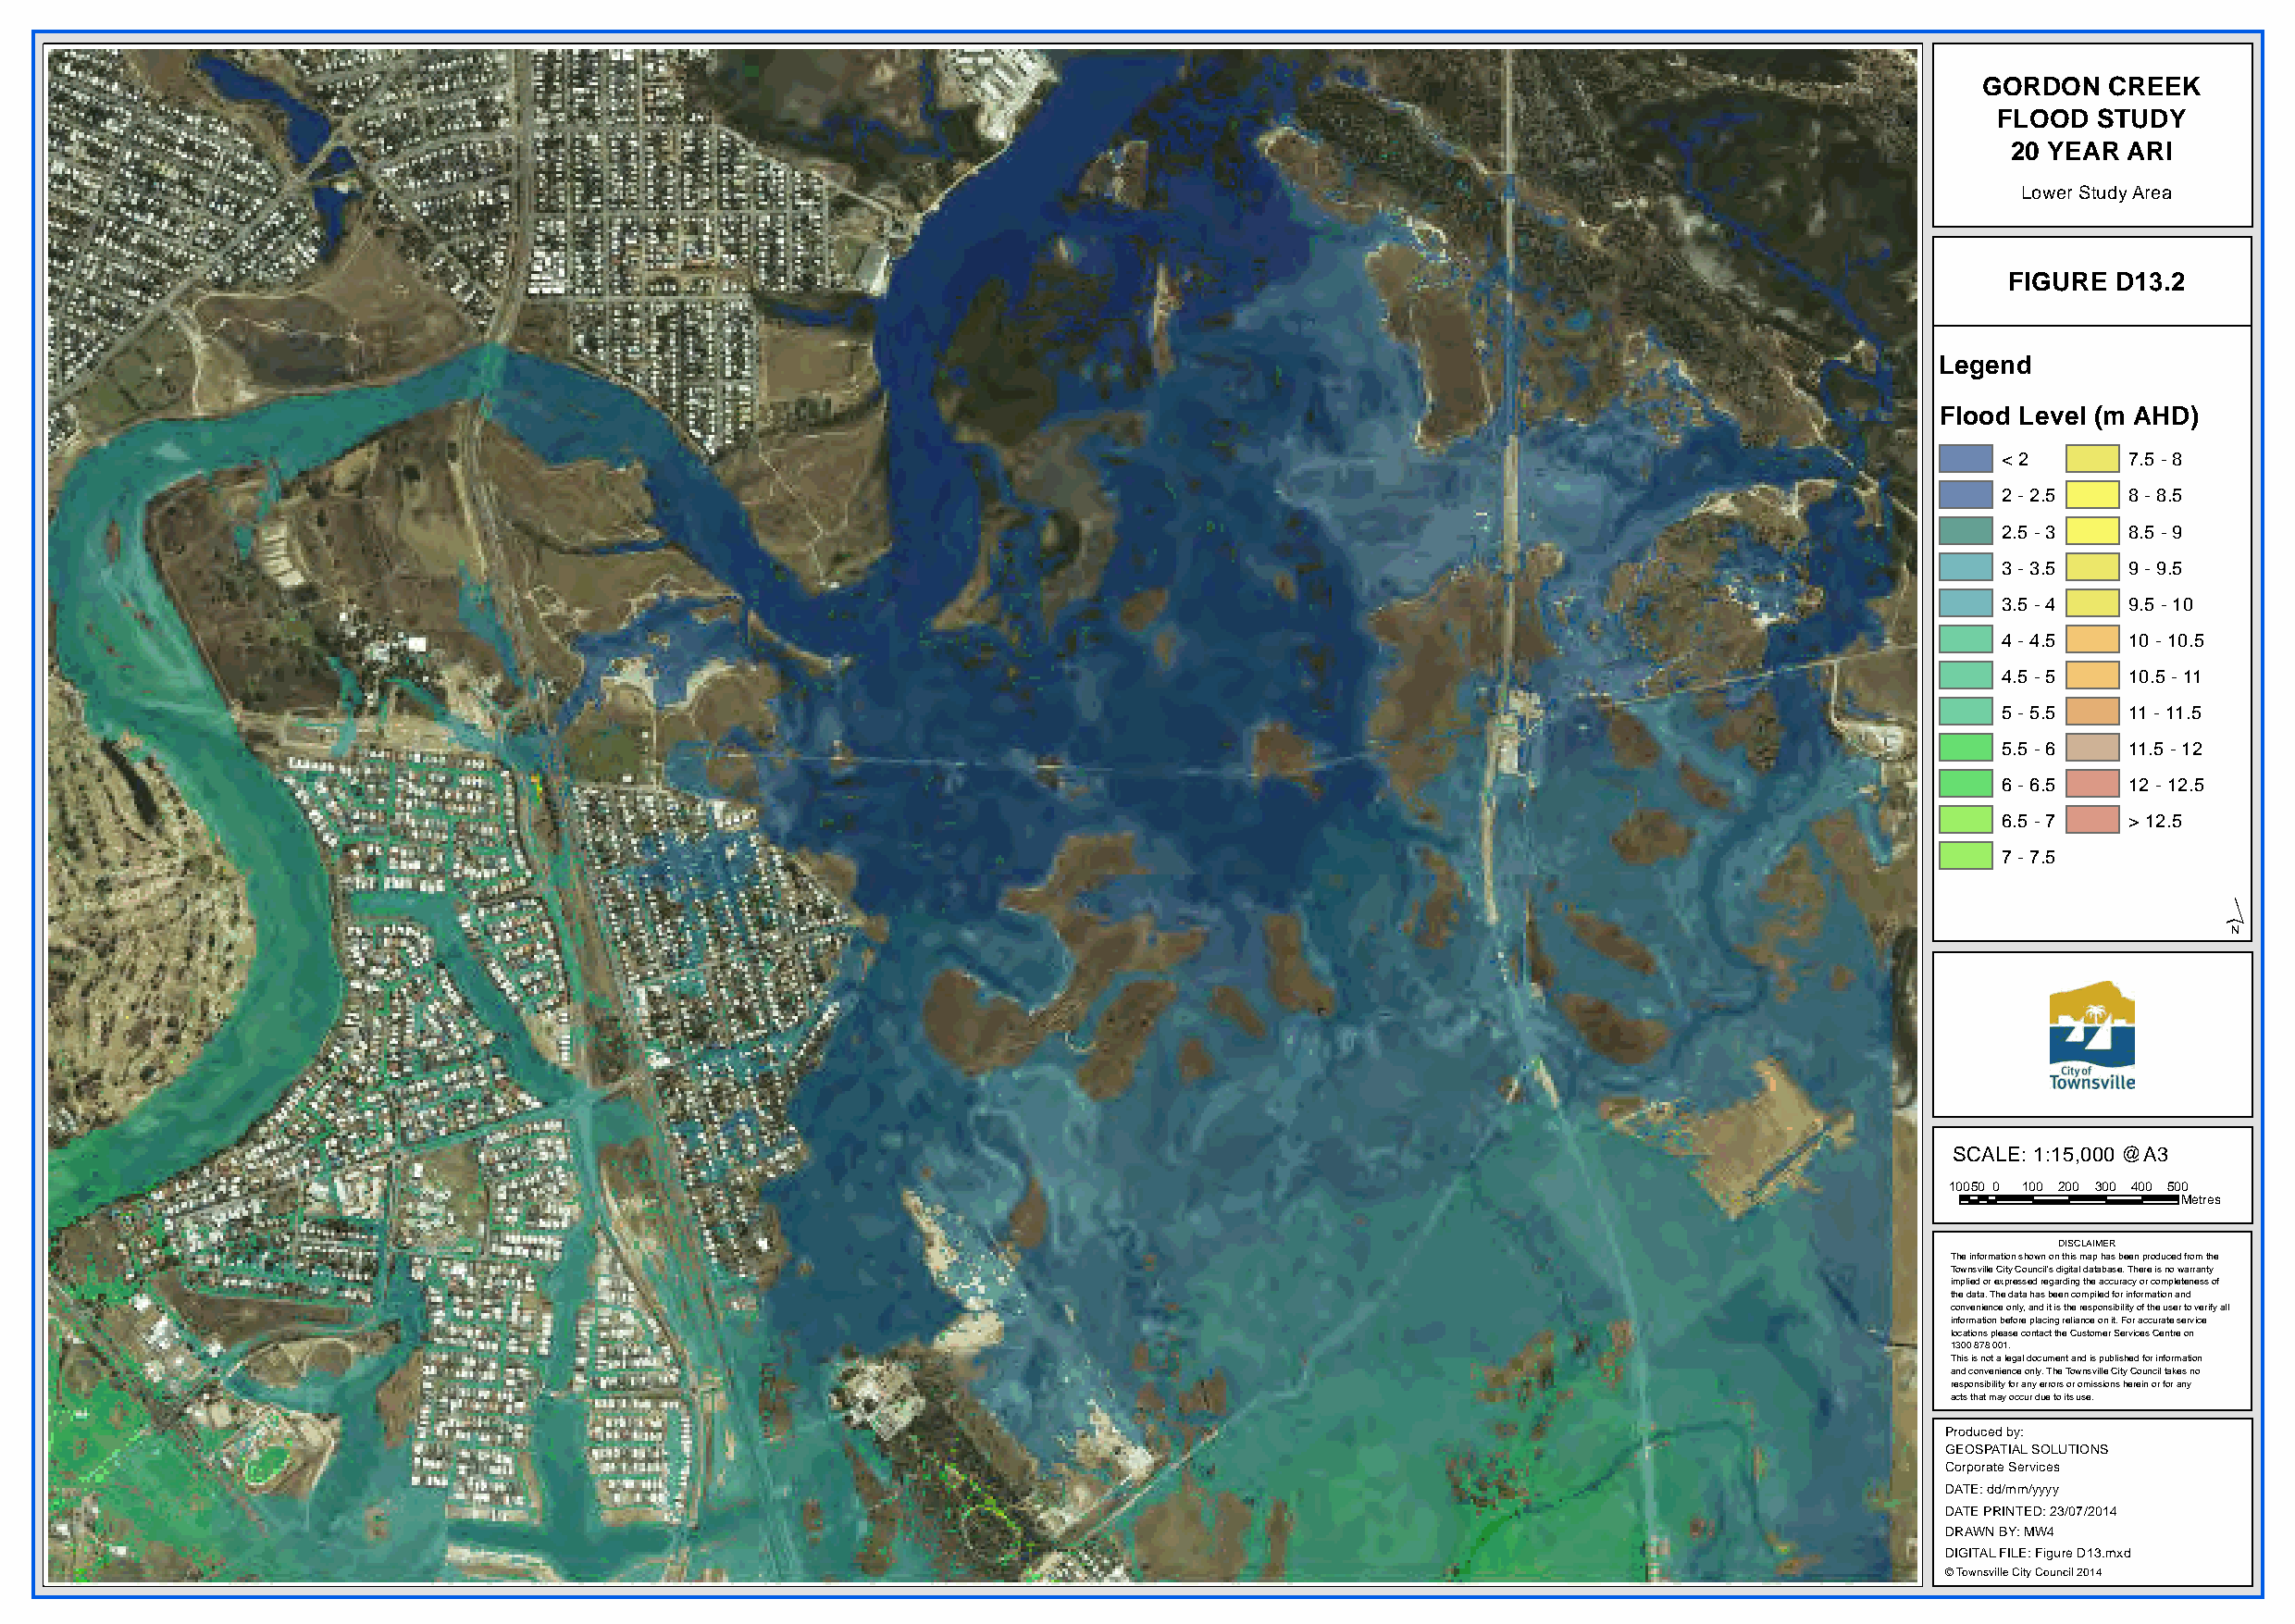
GORDON   CREEK
 FLOOD  STUDY
 20 YEAR ARI
 Lower Study Area
 FIGURE D13.2
 Legend
 Flood Level (m AHD)
 < 2      7.5 - 8
 2 - 2.5  8 - 8.5
 2.5 - 3  8.5 - 9
 3 - 3.5  9 - 9.5
 3.5 - 4  9.5 - 10
 4 - 4.5  10 - 10.5
 4.5 - 5  10.5 - 11
 5 - 5.5  11 - 11.5
 5.5 - 6  11.5 - 12
 6 - 6.5  12 - 12.5
 6.5 - 7  > 12.5
 7 - 7.5
 ´
 SCALE: 1:15,000 @A3
 10050 0 100 200 300 400 500
 Metres
 DISCLAIMER
 The information shown on this map has been produced from the
 Townsville City Council's digital database. There is no warranty
 implied or expressed regarding the accuracy or completeness of
 the data. The data has been compiled for information and
 convenience only, and it is the responsibility of the user to verify all
 information before placing reliance on it. For accurate service
 locations please contact the Customer Services Centre on
 1300 878 001.
 This is not a legal document and is published for information
 and convenience only. The Townsville City Council takes no
 responsibility for any errors or omissions herein or for any
 acts that may occur due to its use.
 Produced by:
 GEOSPATIAL SOLUTIONS
 Corporate Services
 DATE: dd/mm/yyyy
 DATE PRINTED: 23/07/2014
 DRAWN BY: MW4
 DIGITAL FILE: Figure D13.mxd
 © Townsville City Council 2014